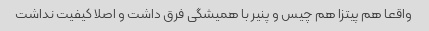
واقعا هم پیتزا هم چیس و پنیر با همیشگی فرق داشت و اصلا کیفیت نداشت